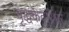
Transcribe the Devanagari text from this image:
वृद्धकेदारेश्वर